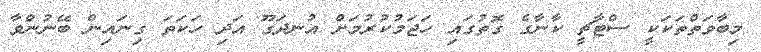
މިބާވަތްތަކަކީ ސްޓާޗީ ކާނާގެ ގޮތުގައި ހަޖަމުކުރުމަށް އުނދަގޫ އަދި ހަކަތަ ގިނައިން ބޭނުންވާ